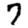
Digit: 7